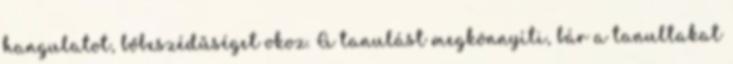
hangulatot, bőbeszédűséget okoz. A tanulást megkönnyíti, bár a tanultakat